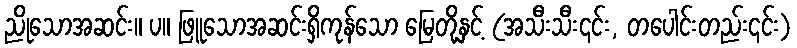
ညိုသောအဆင်း။ ပ။ ဖြူသောအဆင်းရှိကုန်သော မြေတို့နှင့် (အသီးသီး၎င်း, တပေါင်းတည်း၎င်း)